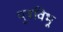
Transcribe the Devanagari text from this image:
पुत्रविभू